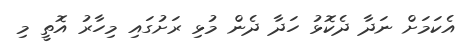
އެކަމަށް ނަދާ ދެކޮޅު ހަދާ ދެން މުޅި ރަށުގައި މިހާރު އޮތީ މި